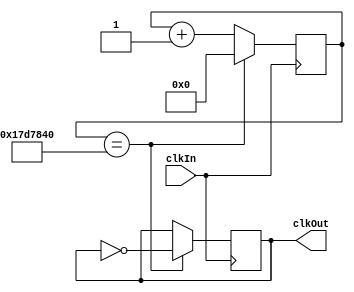
module ClkDivider(input clkIn, output clkOut);
	parameter divider = 25000000;
	parameter len = 31;
	reg[len: 0] counter = 0;
	reg clkReg = 0;
	
	assign clkOut = clkReg;
	
	always @(posedge clkIn) begin
		counter <= counter + 1;
		
		if (counter == divider) begin
			clkReg <= ~clkReg;
			counter <= 0;
		end
	end
endmodule